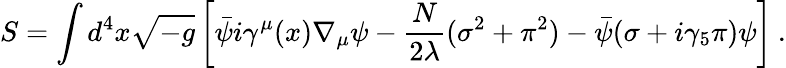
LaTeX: S=\int d^{4}x\sqrt{-g}\left[\bar{\psi}i\gamma^{\mu}(x)\nabla_{\mu}\psi-\frac{N}{2\lambda}(\sigma^{2}+\pi^{2})-\bar{\psi}(\sigma+i\gamma_{5}\pi)\psi\right]\: .